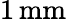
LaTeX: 1\, \textrm{mm}